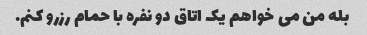
بله من می خواهم یک اتاق دو نفره با حمام رزرو کنم.